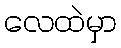
လေထဲမှာ